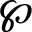
\wp